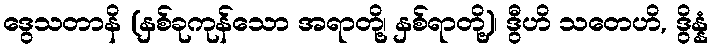
ဒွေသတာနိ (နှစ်ခုကုန်သော အရာတို့၊ နှစ်ရာတို့)၊ ဒွီဟိ သတေဟိ, ဒွိန္နံ